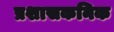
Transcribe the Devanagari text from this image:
प्रशासकनिक